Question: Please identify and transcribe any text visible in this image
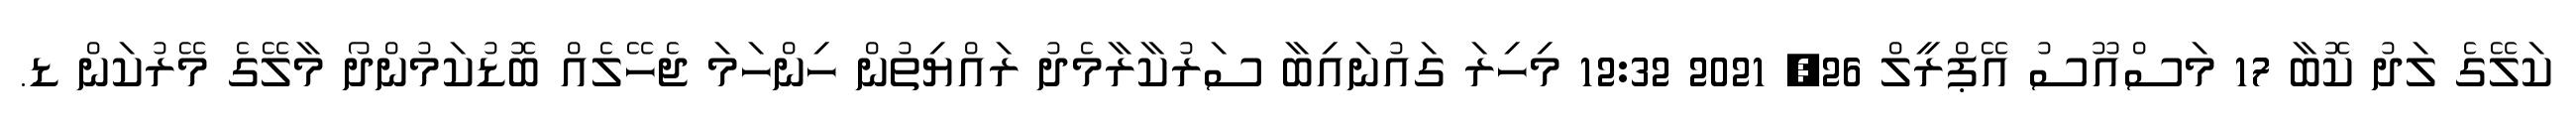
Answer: ކަލޭގެ ލަދު ކޮބާ 17 މަސްއޫސު އޭޕްރީލް 26, 2021 12:32 މިހިރަ ގައުނައިބާ ސަރުކާރާމެދު ރައްޔިތުން ހިންހަމަ ޖެހޭލެއް ބޮޑުކަމުންދޯ މާލޭގެ މޭރުކަން ޑ.